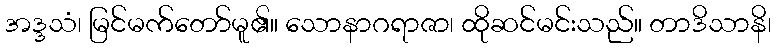
အဒ္ဒသံ၊ မြင်မက်တော်မူ၏။ သောနာဂရာဇာ၊ ထိုဆင်မင်းသည်။ တာဒိသာနိ၊